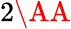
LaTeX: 2\mathrm{\AA}